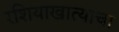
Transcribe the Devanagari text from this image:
रशियाखात्याचा